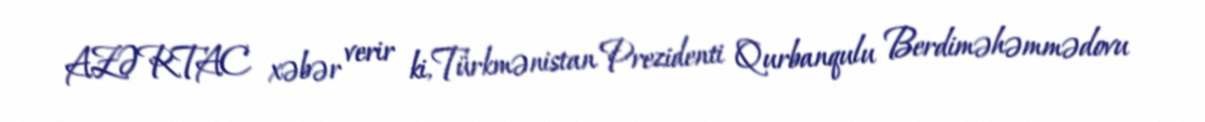
AZƏRTAC xəbər verir ki, Türkmənistan Prezidenti Qurbanqulu Berdiməhəmmədovu